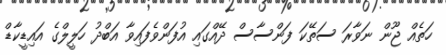
ހަތެއް ޖޫން ނަވާރަ ސަތޭކަ ފަންސާސް ދޭއްގައި އުފަންވެފައިވާ އަބްދު ހަލީލްގެ އައިޑީކާޑް